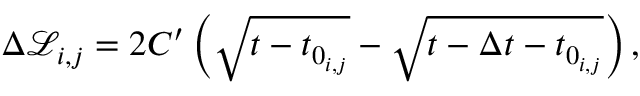
\Delta \mathcal { L } _ { i , j } = 2 C ^ { \prime } \left( \sqrt { t - t _ { 0 _ { i , j } } \vphantom { \Delta } } - \sqrt { t - \Delta t - t _ { 0 _ { i , j } } } \right) ,